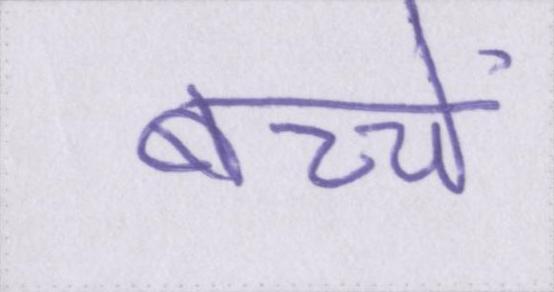
बच्चें